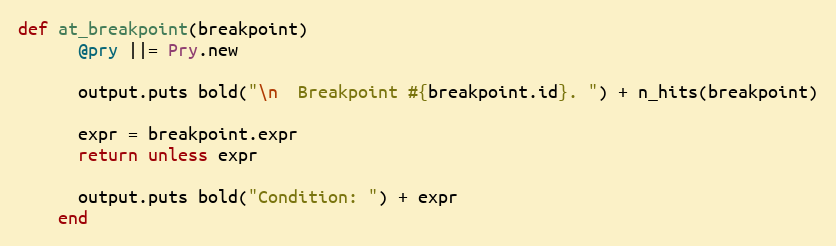
Language: Ruby
def at_breakpoint(breakpoint)
      @pry ||= Pry.new

      output.puts bold("\n  Breakpoint #{breakpoint.id}. ") + n_hits(breakpoint)

      expr = breakpoint.expr
      return unless expr

      output.puts bold("Condition: ") + expr
    end